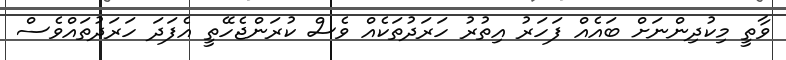
ވާތީ މިކުދިންނަށް ބައެއް ފަހަރު އިތުރު ހަރަދުތަކެއް ވެސް ކުރަންޖެހޭތީ އެފަދަ ހަރަދުތައްވެސް